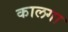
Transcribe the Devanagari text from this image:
कालगा